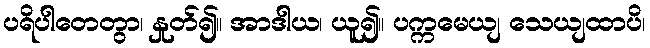
ပရိပါတေတွာ၊ နှုတ်၍။ အာဒါယ၊ ယူ၍။ ပက္ကမေယျ သေယျထာပိ၊